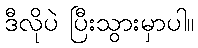
ဒီလိုပဲ ပြီးသွားမှာပါ။